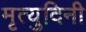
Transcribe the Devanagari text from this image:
मृत्युदिनी